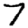
Digit: 7